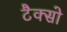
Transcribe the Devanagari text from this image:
टैक्सो